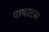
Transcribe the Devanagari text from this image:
पायरटस